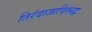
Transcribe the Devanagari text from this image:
तिरंदाजाविरूद्ध